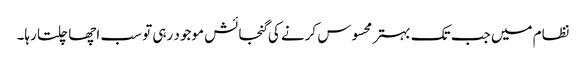
نظام میں جب تک بہتر محسوس کرنے کی گنجائش موجود رہی تو سب اچھا چلتا رہا۔